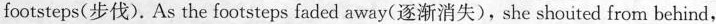
footsteps(步伐). As the footsteps faded away(逐渐消失),she shouted from behind,